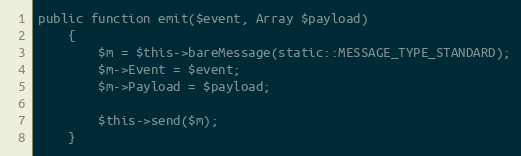
Language: PHP
public function emit($event, Array $payload)
	{
		$m = $this->bareMessage(static::MESSAGE_TYPE_STANDARD);
		$m->Event = $event;
		$m->Payload = $payload;

		$this->send($m);
	}